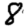
Digit: 8